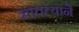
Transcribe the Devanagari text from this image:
सातत्यानें